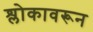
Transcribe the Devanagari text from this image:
श्लोकावरून